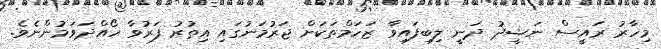
މިހާރު ރައީސް ނަޝީދު ދަނީ ލިބިފައިވާ ޒަހަމްތަކަށް ޖަރުމަނުގައި އިތުރު ފަރުވާ ހޯއްދަވަމުންނެވެ.